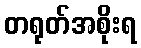
တရုတ်အစိုးရ